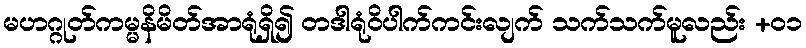
မဟဂ္ဂုတ်ကမ္မနိမိတ်အာရုံရှိ၍ တဒါရုံဝိပါက်ကင်းလျက် သက်သက်မူလည်း +၀၁